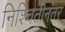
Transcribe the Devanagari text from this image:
निश्चितीनंतर